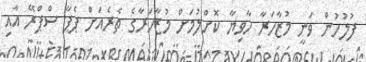
ފުލުހުން ވަނީ މުޒާހަރާ ހާވިޔާ ކޮށްލުމަށް މުޒާހަރާގެ ތެރެއަށް ޕެޕާ ސްޕްރޭ އާއި